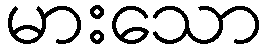
မားသော